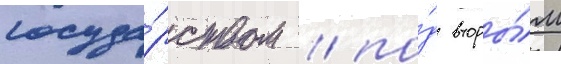
госуда́рством / по́д вторы́м